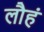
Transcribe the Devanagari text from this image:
लौहं